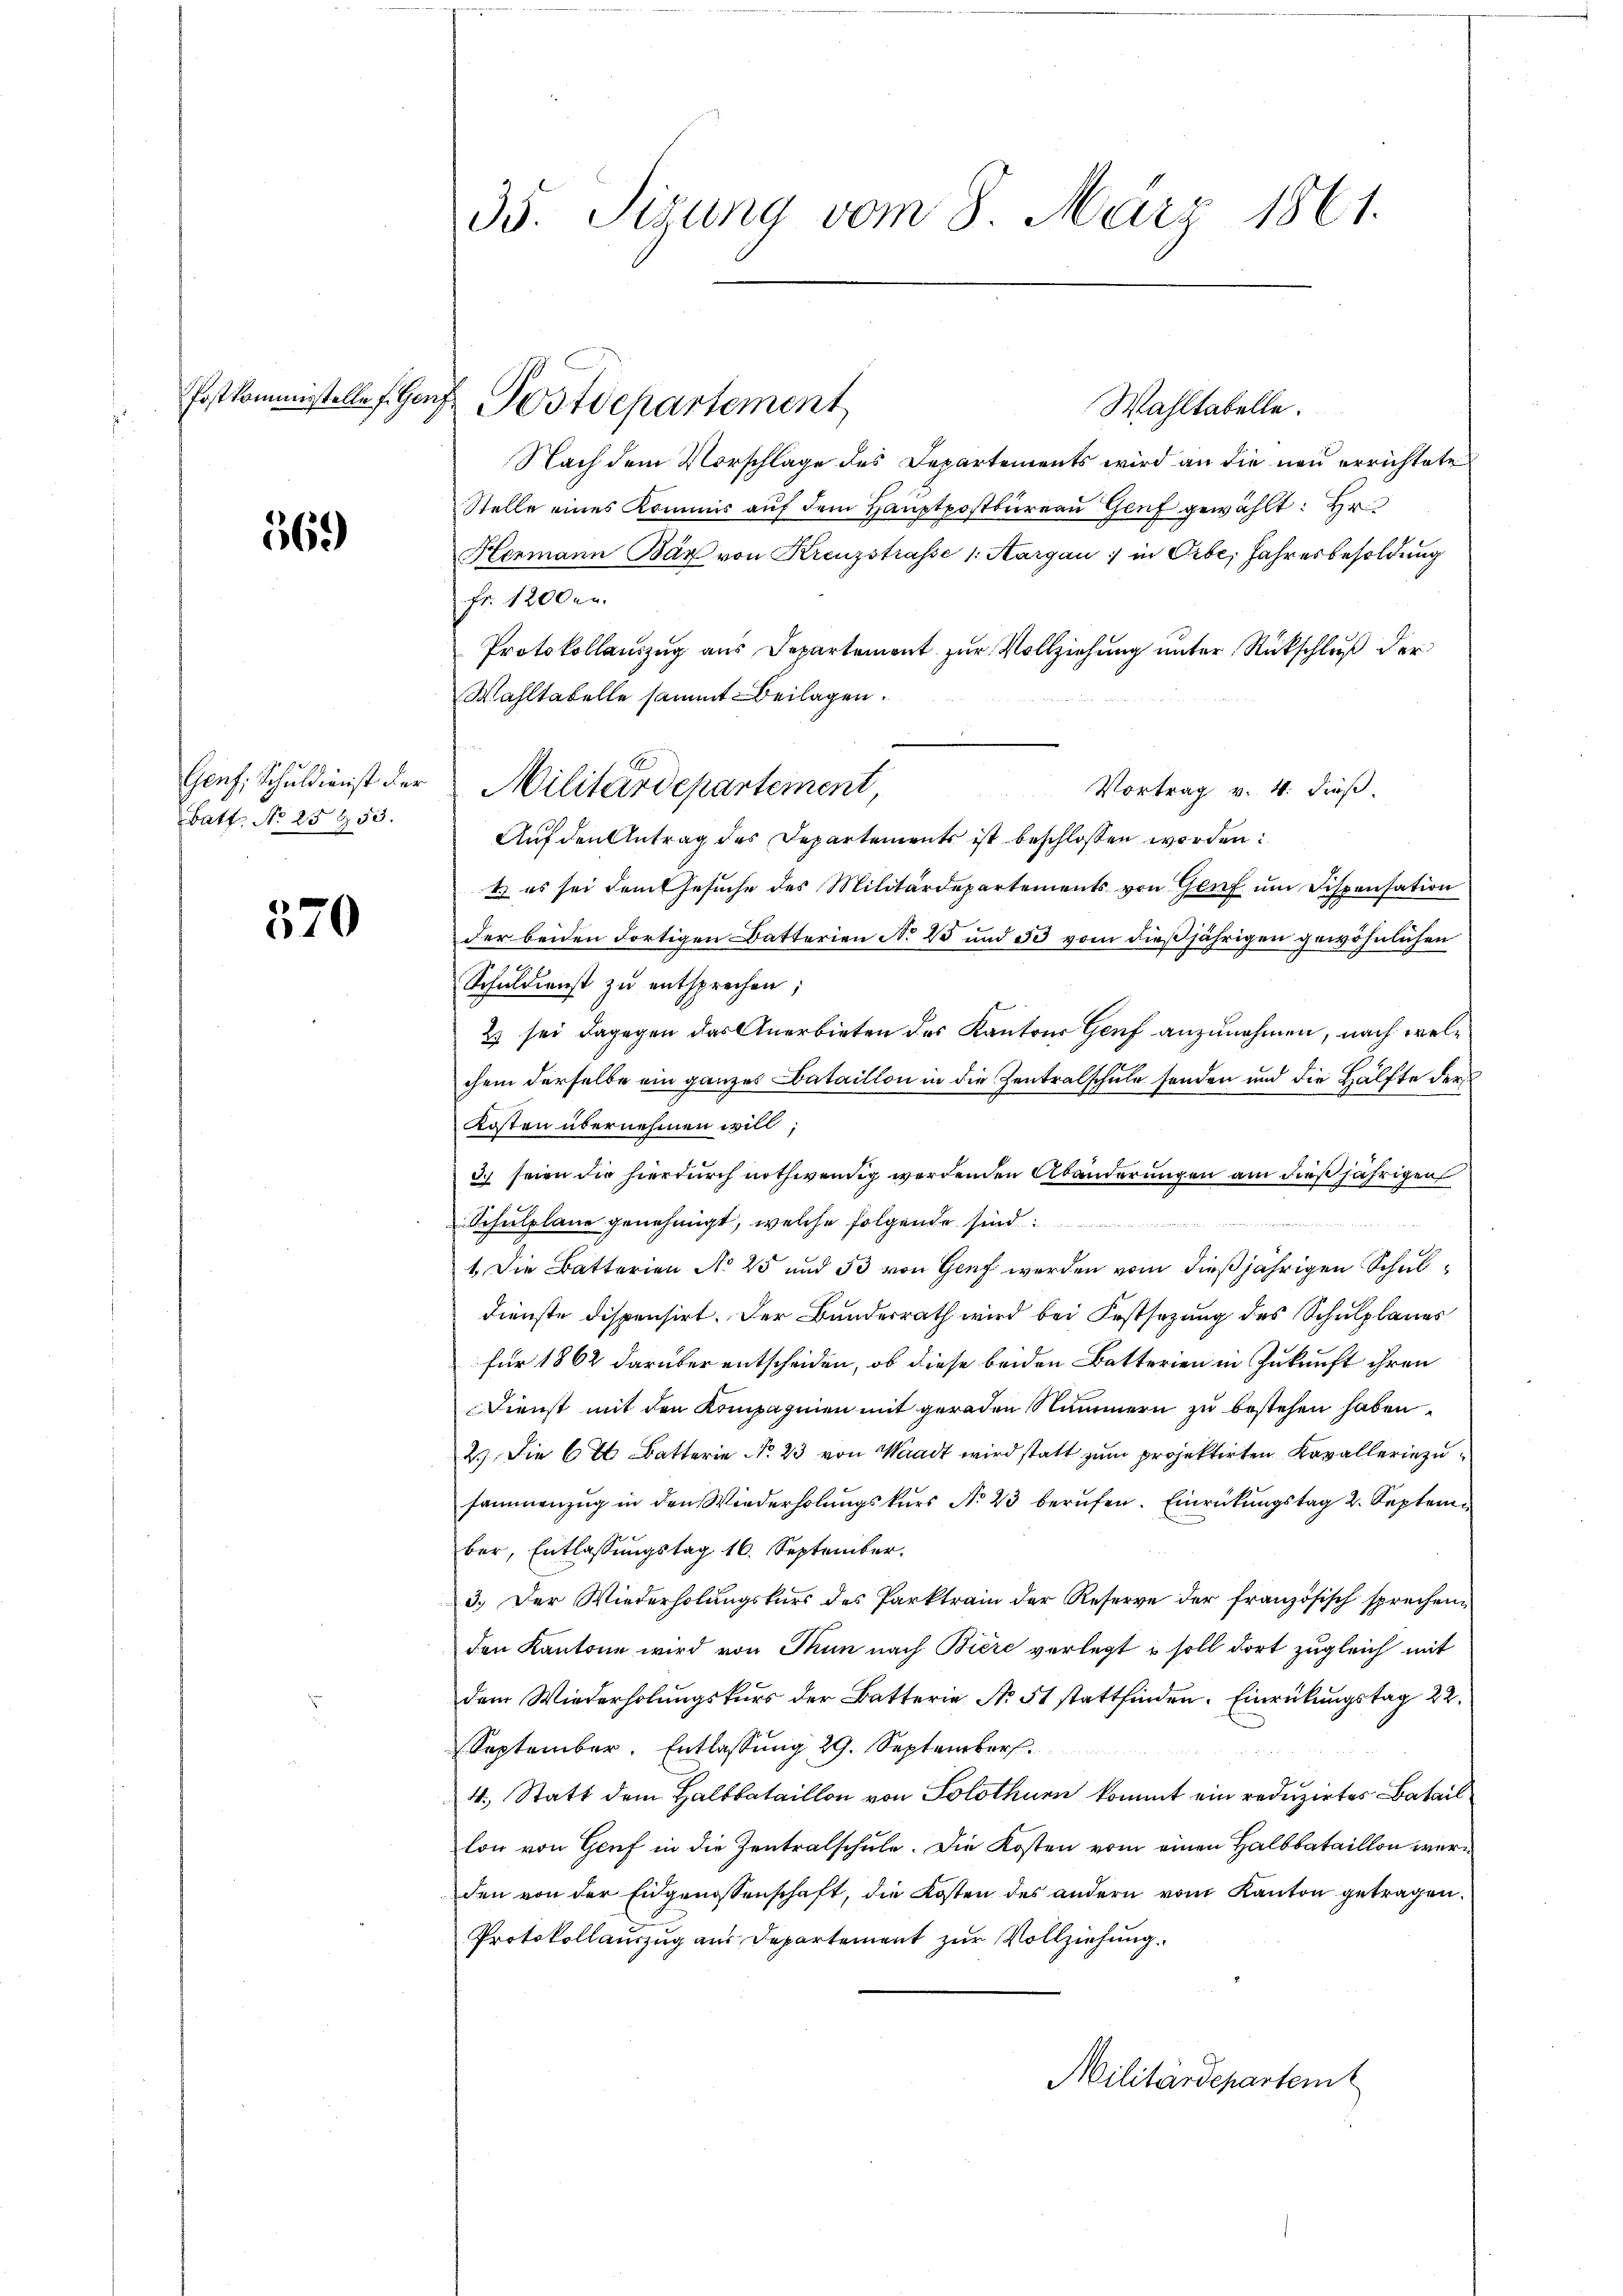
369

Batt No 25953.

570

35. Sizung vom 8. März 1861.

Fostkommisstelle f. Ganz Postdepartement

Genf, Schuldienst der Militärdepartement

Wahltabelle.
Nach dem Vorschlage des Departements wird an die neu errichtete
Stelle eines Kommis auf dem Hauptpostbureau Genf gewählt: Hr
Hermann Bär von Kreuzstrasse 1. Margau in Orbe, Jahresbesoldung
Fr. 1200fr.
Protokollauszug aus Departement zur Vollziehung unter Rückschluß der
Wahltabelle sammt Beilagen.
Vortrag v. 4. dieß.
Auf den Antrag des Departements ist beschlossen worden:
1. es sei dem Gesuche des Militärdepartements von Genf um Dispensation
der beiden dortigen Batterien No 25 und 53 vom dießjährigen gewöhnlichen
Schuldienst zu entsprochen;
2) sei dagegen das Anerbieten des Kantons Genf anzunehmen, nach welchem derselbe ein ganzes Bataillon in die Zentralschule sonden und die Hälfte der
Kosten übernehmen will;
Ich seien die hierdurch nothwendig werdenden Abänderungen am dießjährigen
Schulplane genehmigt, welche folgende sind:
1. Die Batterien No 25 und 53 von Genf werden vom dießjährigen Schul¬
Dienste dispensirt. Der Bundesrath wird bei Festsezung des Schulplanes
für 1862 darüber entscheiden, ob diese beiden Batterien in Zukunft ihren
Dienst mit den Kompagnien mit geraden Nummern zu bestehen haben.
2.) Die 6 Batterie No. 23 von Waadt wird statt zum projektirten Kavallerie zusammenzug in den Wiederholungskurs No 23 berufen. Einrückungstag 2. September, Entlassungstag 16. September.
3.) Der Wiederholungskurs des Parktrain der Reserve der französisch sprechenden Kantone wird von Thun nach Biere verlegt u soll dort zugleich mit
dem Wiederholungskurs der Batterie No. 51 stattfinden. Einrückungstag 22.
September. Entlassung 29. September
4. Statt dem Halbbataillon von Solothurn kommt ein reduzirtes Batail
lon von Genf in die Zentralschule. Die Kosten vom einen Halbbataillon werden von der Eidgenossenschaft, die Kosten des andern vom Kanton getragen.
Protokollauszug aus Departement zur Vollziehung.
Militärdepartem